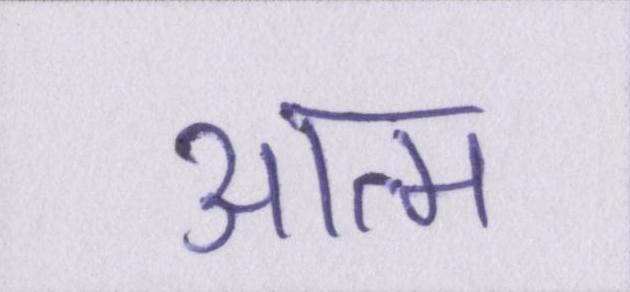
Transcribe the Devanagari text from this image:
आत्म